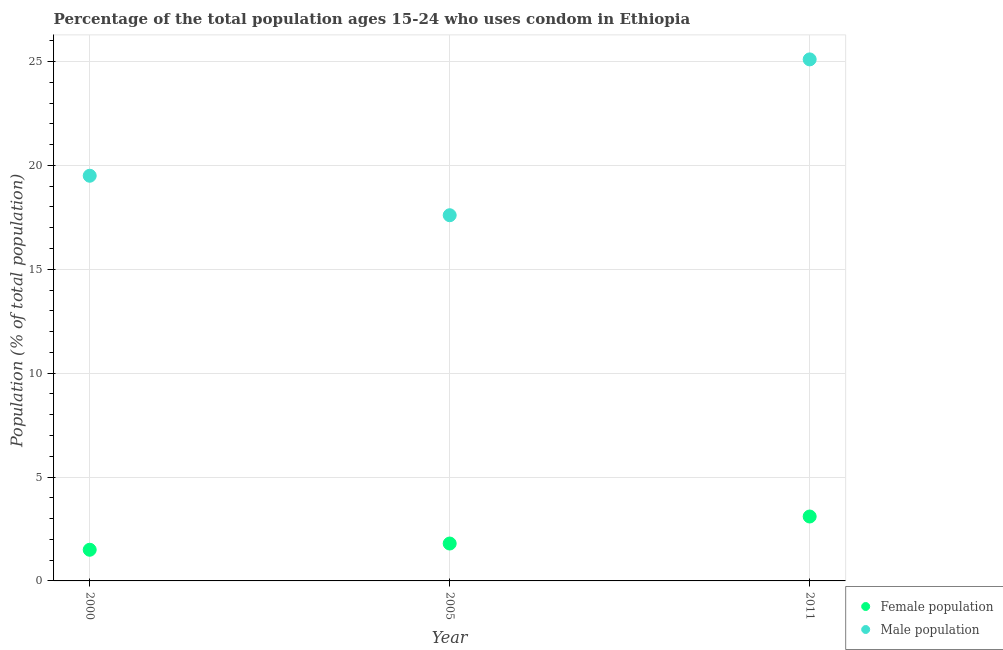
| Year | Female population | Male population |
 | --- | --- | --- |
 | 2000 | 1.5 | 19.5 |
 | 2005 | 1.8 | 17.6 |
 | 2011 | 3.1 | 25.1 |